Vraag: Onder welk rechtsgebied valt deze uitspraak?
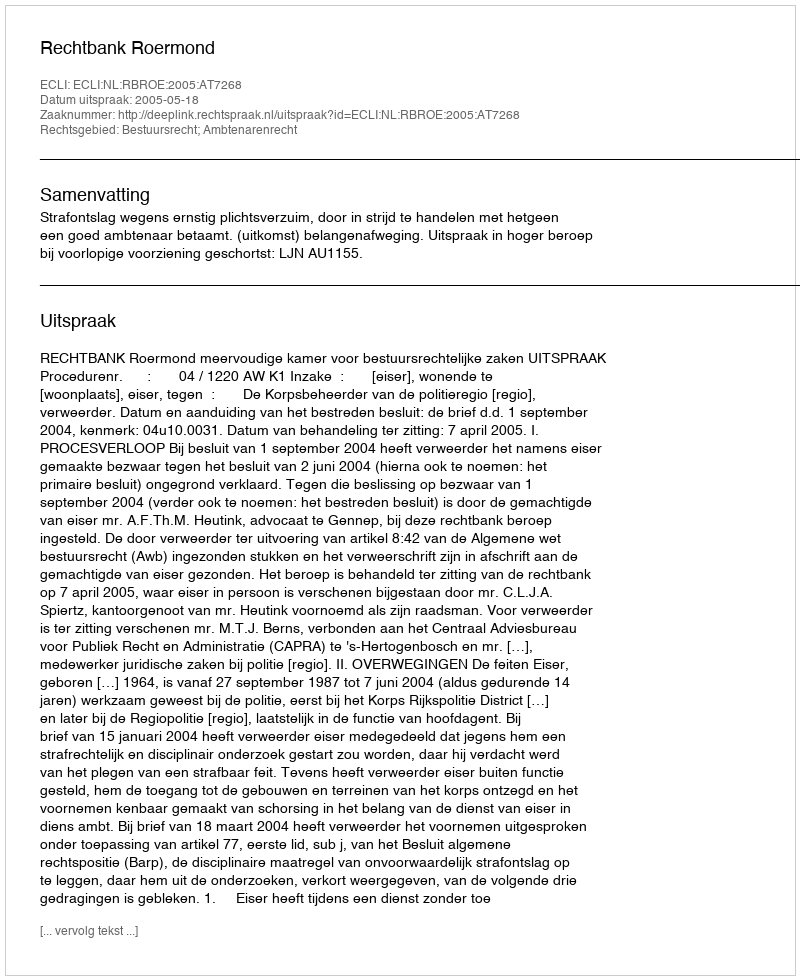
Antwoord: Bestuursrecht; Ambtenarenrecht